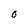
Character: O